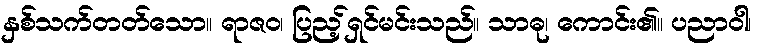
နှစ်သက်တတ်သော။ ရာဇဝ၊ ပြည့်ရှင်မင်းသည်။ သာဓု၊ ကောင်း၏။ ပညာဝါ၊